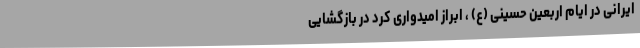
ایرانی در ایام اربعین حسینی (ع) ، ابراز امیدواری کرد در بازگشایی